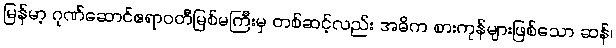
မြန်မာ့ ဂုဏ်ဆောင်ဧရာဝတီမြစ်မကြီးမှ တစ်ဆင့်လည်း အဓိက စားကုန်များဖြစ်သော ဆန်၊